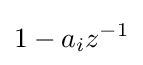
1-a_{i}z^{-1}